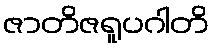
ဇာတိဇရူပဂါတိ